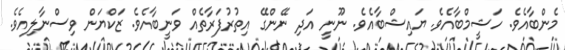
މެންބާއެވެ. ހަޝީމްބާއެވެ. ޔައިޝްބާއެވެ. ނޫނީ އަދި ނޭންގޭ އިތުރުފަރާތެއް ވަނީބާއެވެ. ޒަކްޔަން ވިސްނާލިއެވެ.